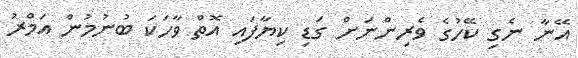
އޭނާ ނެގި ކޭހުގެ ވެރިންނަށް ގަޑި ކިޔާފައި އޮތް ވާހަކަ ބުނުމުން އަމްރު